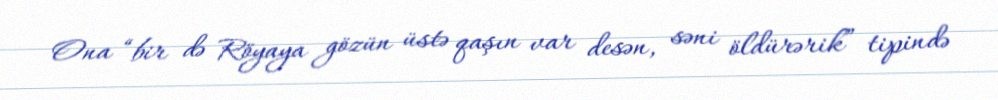
Ona “bir də Röyaya gözün üstə qaşın var desən, səni öldürərik” tipində